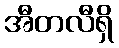
အီတလီရှိ